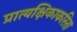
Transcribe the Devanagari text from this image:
प्रात्यक्षिकाकरिता